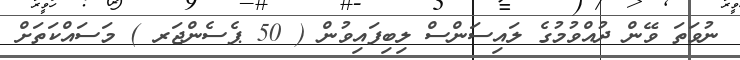
ނުވަތަ ވޭން ދުއްވުމުގެ ލައިސަންސް ލިބިފައިވުން ( 50 ޕެސެންޖަރ ) މަސައްކަތަށް